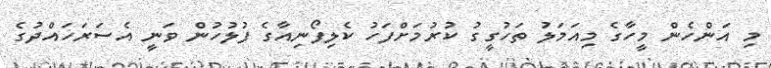
މި އަންހެން މީހާގެ މިއަމަލު ތަހުގީގު ކުރުމަށްފަހު ކެލިފޯނިއާގެ ފުލުހުން ވަނީ އެސަރަަހައްދުގެ